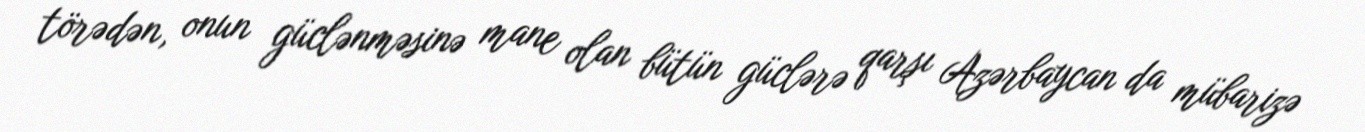
törədən, onun güclənməsinə mane olan bütün güclərə qarşı Azərbaycan da mübarizə